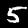
Digit: 5